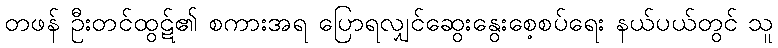
တဖန် ဦးတင်ထွဋ်၏ စကားအရ ပြောရလျှင်ဆွေးနွေးစေ့စပ်ရေး နယ်ပယ်တွင် သူ